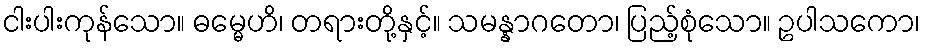
ငါးပါးကုန်သော။ ဓမ္မေဟိ၊ တရားတို့နှင့်။ သမန္နာဂတော၊ ပြည့်စုံသော။ ဥပါသကော၊